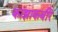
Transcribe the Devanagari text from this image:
काझाकबीर